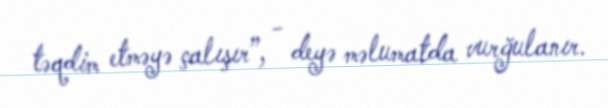
təqdim etməyə çalışır”, - deyə məlumatda vurğulanır.